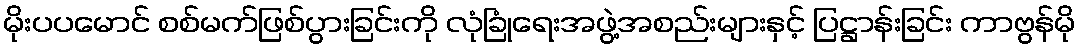
မိုးပပမောင် စစ်မက်ဖြစ်ပွားခြင်းကို လုံခြုံရေးအဖွဲ့အစည်းများနှင့် ပြဋ္ဌာန်းခြင်း ကာဗွန်မို